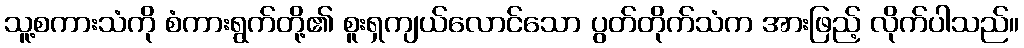
သူ့စကားသံကို စံကားရွက်တို့၏ စူးရှကျယ်လောင်သော ပွတ်တိုက်သံက အားဖြည့် လိုက်ပါသည်။